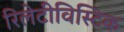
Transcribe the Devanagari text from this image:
रिलेटीविस्टिक